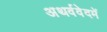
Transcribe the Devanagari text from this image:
अथर्ववेदमें